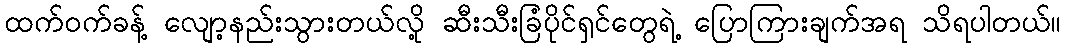
ထက်ဝက်ခန့် လျော့နည်းသွားတယ်လို့ ဆီးသီးခြံပိုင်ရှင်တွေရဲ့ ပြောကြားချက်အရ သိရပါတယ်။